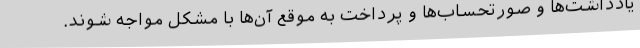
یادداشت‌ها و صورتحساب‌ها و پرداخت به موقع آن‌ها با مشکل مواجه شوند.